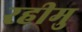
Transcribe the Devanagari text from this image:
रहीमु